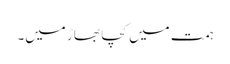
ہمت میں کچا بھاڑ میں۔